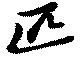
匹